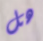
هل